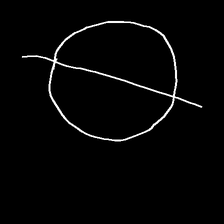
Glyph: orb